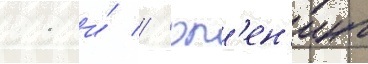
11 и́ // Оп'ен'инг